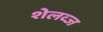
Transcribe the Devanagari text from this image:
शेलव्ज